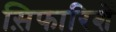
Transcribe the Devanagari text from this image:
स़िफारिशें